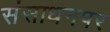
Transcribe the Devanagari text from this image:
संसाधनपर